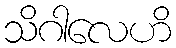
သိဂါလေဟိ